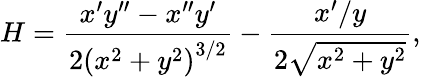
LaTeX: H=\frac{x^{\prime}y^{\prime\prime}-x^{\prime\prime}y^{\prime}}{2\left(x^{2}+y^{2}\right)^{3/2}}-\frac{x^{\prime}/y}{2\sqrt{x^{2}+y^{2}}},